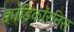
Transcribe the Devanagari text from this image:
क्वॉड्रिकॉरनिस